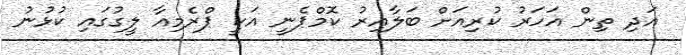
އަދި ތިން އަހަރު ކުރިއަށް ބަލާއިރު ކޮމްޕެނީ އަކީ ޕްރެމިއާ ލީގުގައި ކުޅުނު